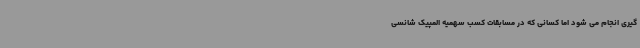
گیری انجام می شود اما کسانی که در مسابقات کسب سهمیه المپیک شانسی